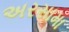
અરસામા